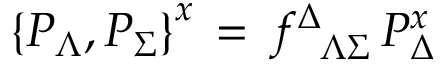
\left\{ { \cal P } _ { \Lambda } , { \cal P } _ { \Sigma } \right\} ^ { x } \, = \, f _ { \phantom { \Delta } \Lambda \Sigma } ^ { \Delta } \, { \cal P } _ { \Delta } ^ { x }